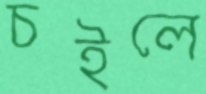
চইলে